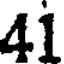
41